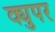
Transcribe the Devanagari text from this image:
क्युपर